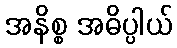
အနိစ္စ အဓိပ္ပါယ်